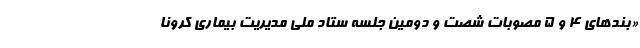
«بند‌های ۴ و ۵ مصوبات شصت و دومین جلسه ستاد ملی مدیریت بیماری کرونا